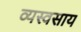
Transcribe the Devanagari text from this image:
व्यस्वसाय